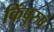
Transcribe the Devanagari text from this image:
किंपुरुषं